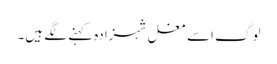
لوگ اسے مغل شہزادہ کہنے لگے ہیں۔